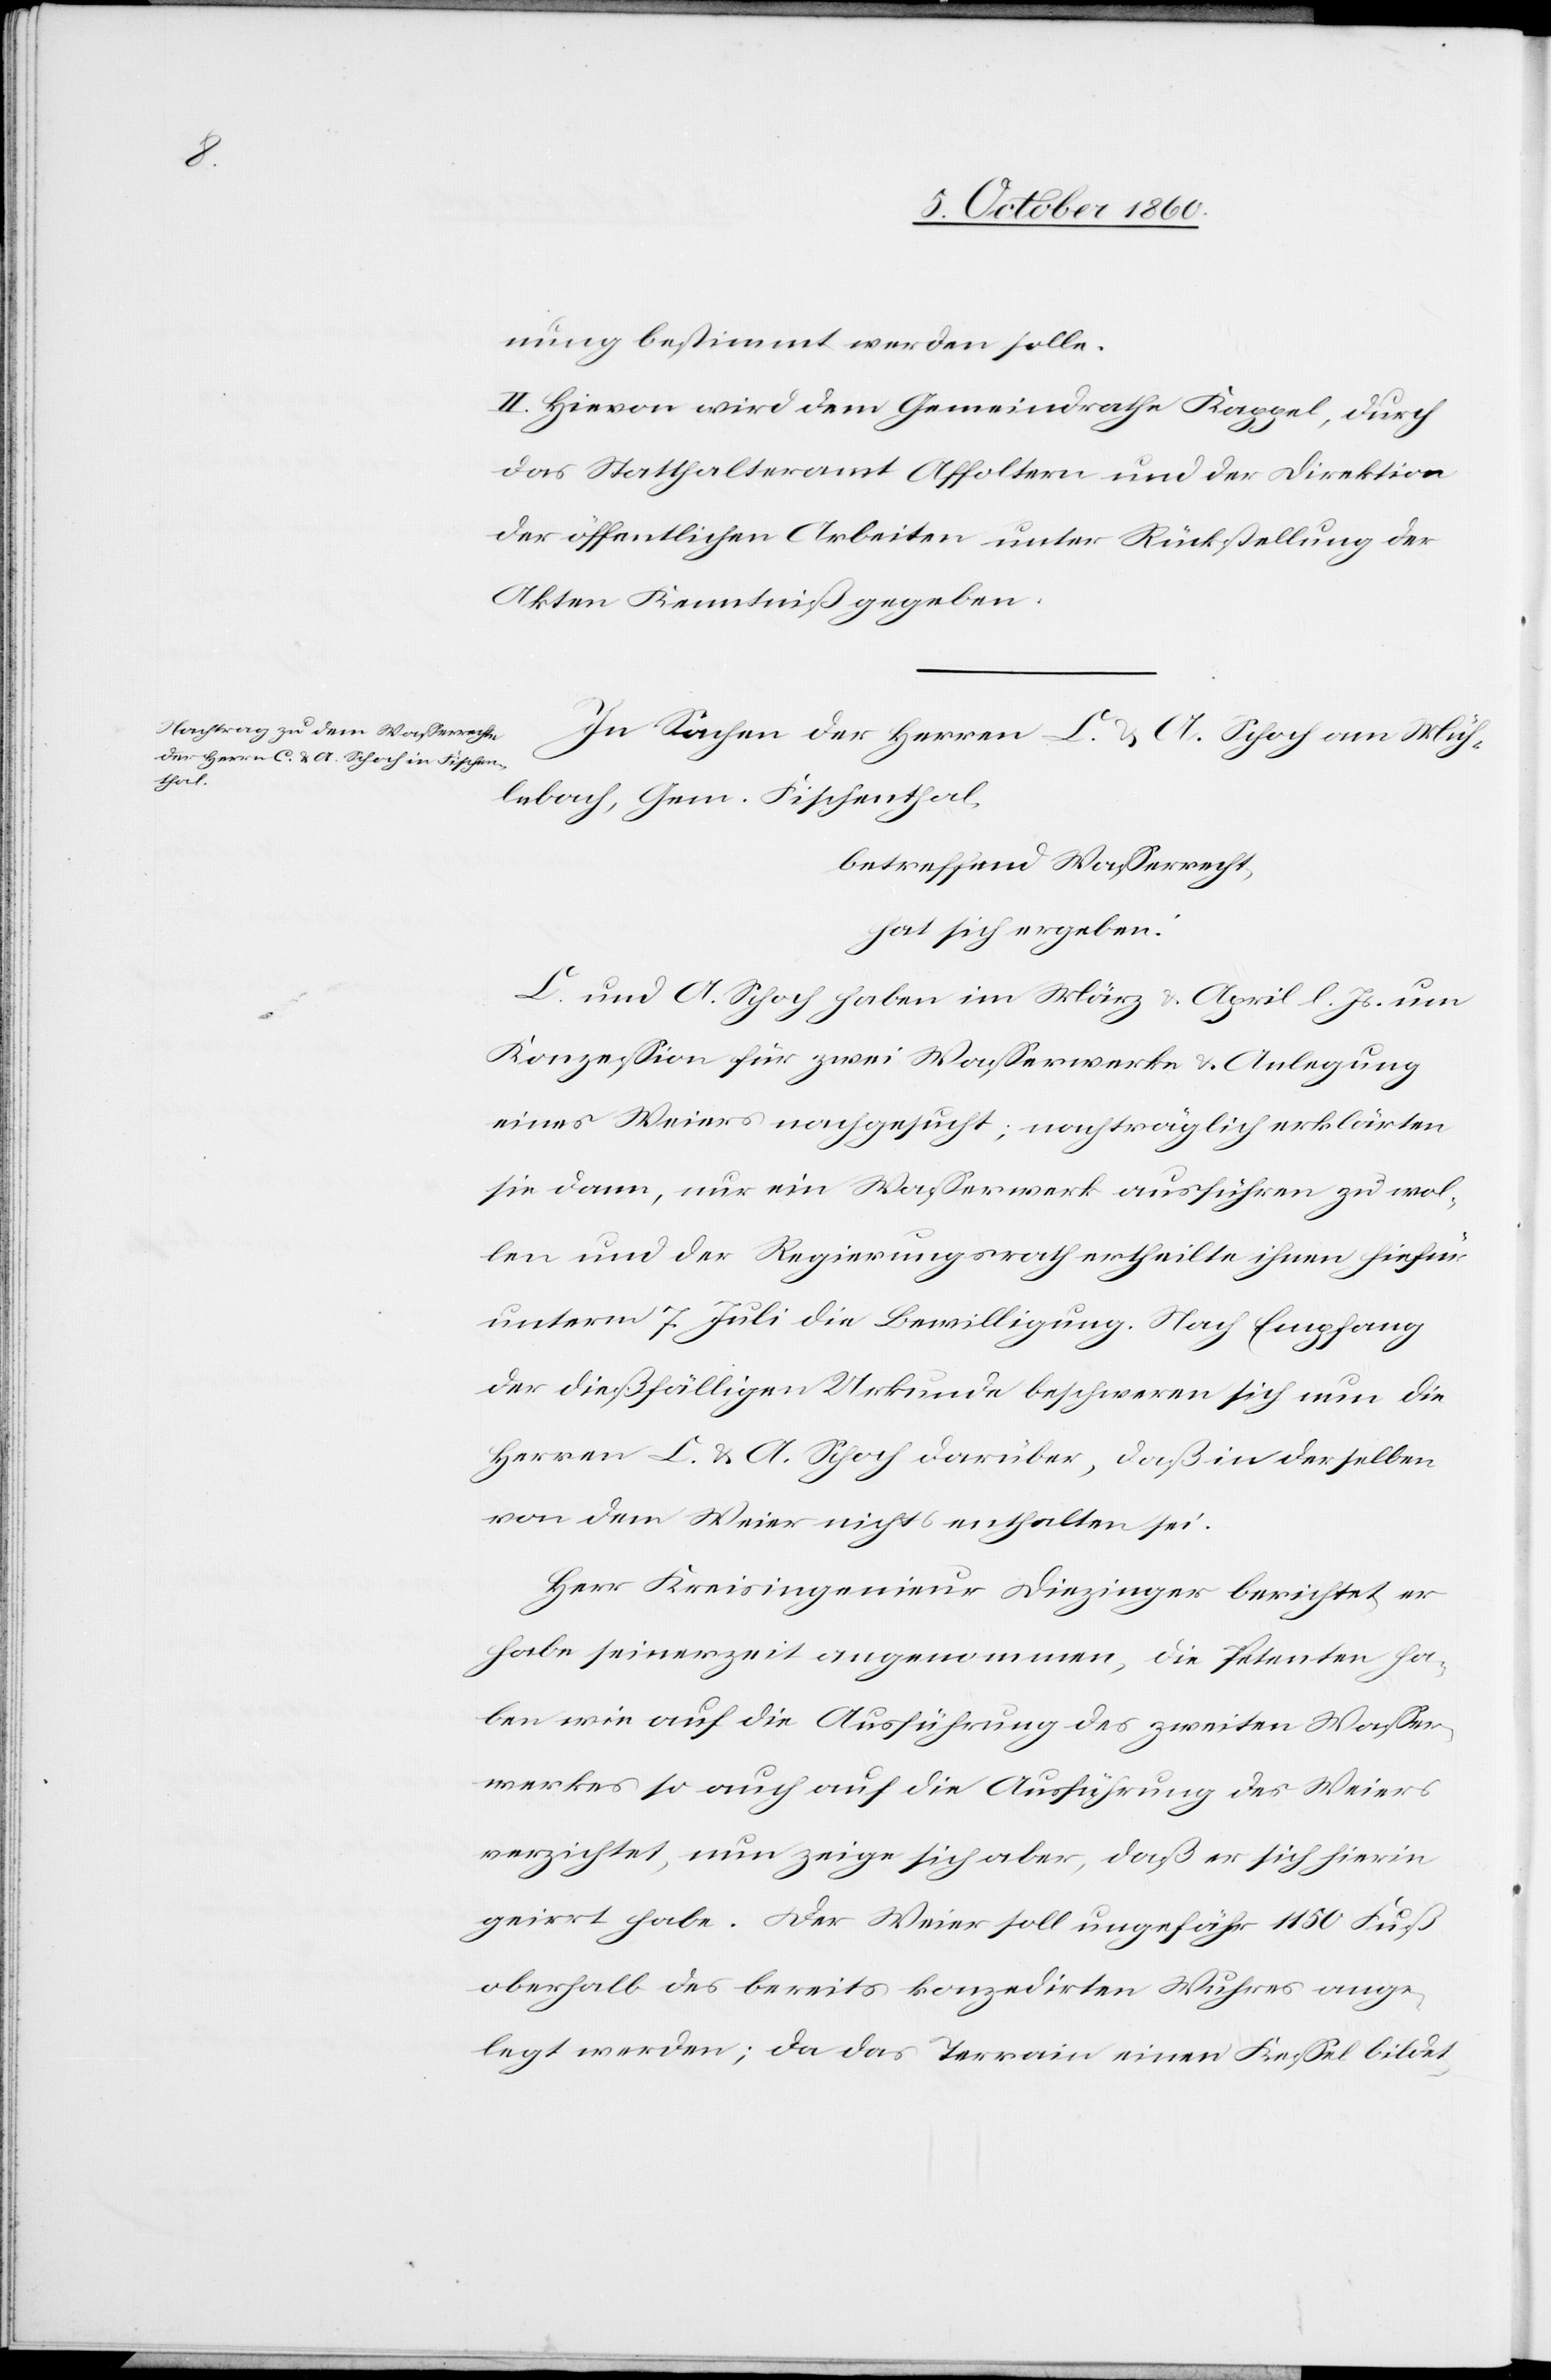
nung bestimmt werden solle.
II. Hievon wird dem Gemeindrathe Kappel, durch
das Statthalteramt Affoltern und der Direktion
der öffentlichen Arbeiten unter Rückstellung der
Akten Kenntniß gegeben.
In Sachen der Herren L. u. A. Schoch am Müh¬
lebach, Gem. Fischenthal,
betreffend Wasserrecht,
hat sich ergeben:
L. und A. Schoch haben im März u. April l. Js. um
Konzession für zwei Wasserwerke u. Anlegung
eines Weiers nachgesucht, nachträglich erklärten
sie dann, nur ein Wasserwerk ausführen zu wol¬
len und der Regierungsrath ertheilte ihnen hiefür
unterm 7. Juli die Bewilligung. Nach Empfang
der dießfälligen Urkunde beschweren sich nun die
Herren L. u. A. Schoch darüber, daß in derselben
von dem Weier nichts enthalten sei.
Herr Kreisingenieur Diezinger berichtet, er
habe seinerzeit angenommen, die Petenten ha¬
ben wie auf die Ausführung des zweiten Wasser¬
werkes so auch auf die Ausführung des Weiers
verzichtet, nun zeige sich aber, daß er sich hierin
geirrt habe. Der Weier soll ungefähr 1150 Fuß
oberhalb des bereits konzedirten Wuhres ange¬
legt werden; da das Terrain einen Kessel bildet,